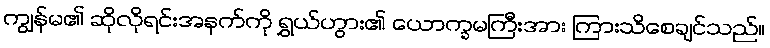
ကျွန်မ၏ ဆိုလိုရင်းအနက်ကို ရွှယ်ဟွား၏ ယောက္ခမကြီးအား ကြားသိစေချင်သည်။